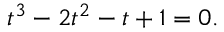
t ^ { 3 } - 2 t ^ { 2 } - t + 1 = 0 .